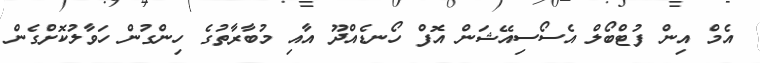
އެމް އިން ފުޓްބޯލް އެސޯސިއޭޝަން އޮފް ހޯނޑެއްދޫ އާއި މުބާރާތުގެ ހިންގުން ހަވާލުކޮށްގެން